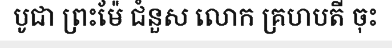
បូជា ព្រះម៉ែ ជំនួស លោក គ្រហបតី ចុះ